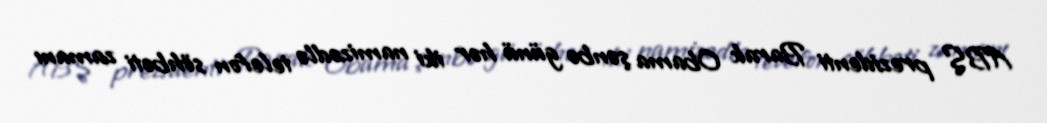
ABŞ prezidenti Barak Obama şənbə günü hər iki namizədlə telefon söhbəti zamanı